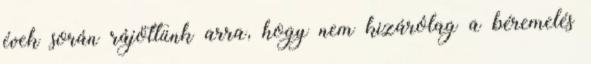
évek során rájöttünk arra, hogy nem kizárólag a béremelés